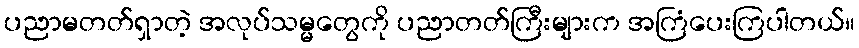
ပညာမတတ်ရှာတဲ့ အလုပ်သမ္မတွေကို ပညာတတ်ကြီးများက အကြံပေးကြပါတယ်။